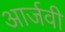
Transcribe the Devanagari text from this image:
आर्जवी